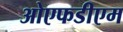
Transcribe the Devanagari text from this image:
ओएफडीएम